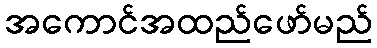
အကောင်အထည်ဖော်မည်